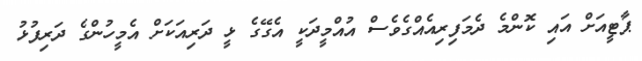
ޕާޓީއަށް އައި ކޮންމެ ދެމަފިރިއެއްގެވެސް އުއްމީދަކީ އެގޭގެ ޅީ ދަރިއަކަށް އެމީހުންގެ ދަރިފުޅު